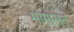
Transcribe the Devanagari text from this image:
मामासन